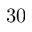
3 0